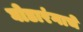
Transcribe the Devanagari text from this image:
घोडारंगाचे